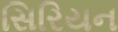
સિરિયન